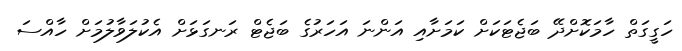
ހަގީގަތް ހާމަކޮށްދޭ ބަޖެޓަކަށް ކަމަށާއި އަންނަ އަހަރުގެ ބަޖެޓް ރަނގަޅަށް އެކުލަވާލުމަށް ހާއްސަ